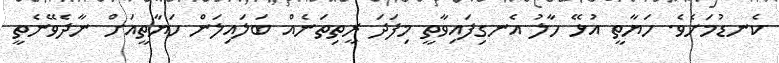
ކެނޑުމަށެވެ. ހަޔާތީ އުޅޭ ހާލު އެނގިފައިވާތީ މިފަދަ ރީތިތަނެއް ބަލައިލަން ހަޔާތީއަށް ނާދެވޭނެތީ